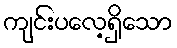
ကျင်းပလေ့ရှိသော